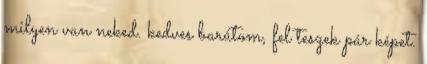
milyen van neked. kedves barátom, fel teszek pár képet.